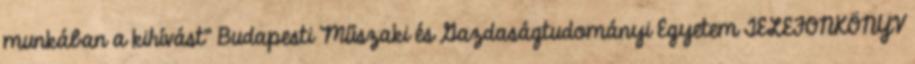
munkában a kihívást” Budapesti Műszaki és Gazdaságtudományi Egyetem TELEFONKÖNYV